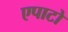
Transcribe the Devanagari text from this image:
एपाटो